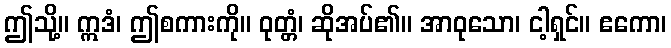
ဤသို့။ ဣဒံ၊ ဤစကားကို။ ဝုတ္တံ၊ ဆိုအပ်၏။ အာဝုသော၊ ငါ့ရှင်။ ဧကော၊